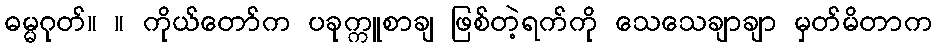
ဓမ္မဂုတ်။ ။ ကိုယ်တော်က ပခုက္ကူစာချ ဖြစ်တဲ့ရက်ကို သေသေချာချာ မှတ်မိတာက